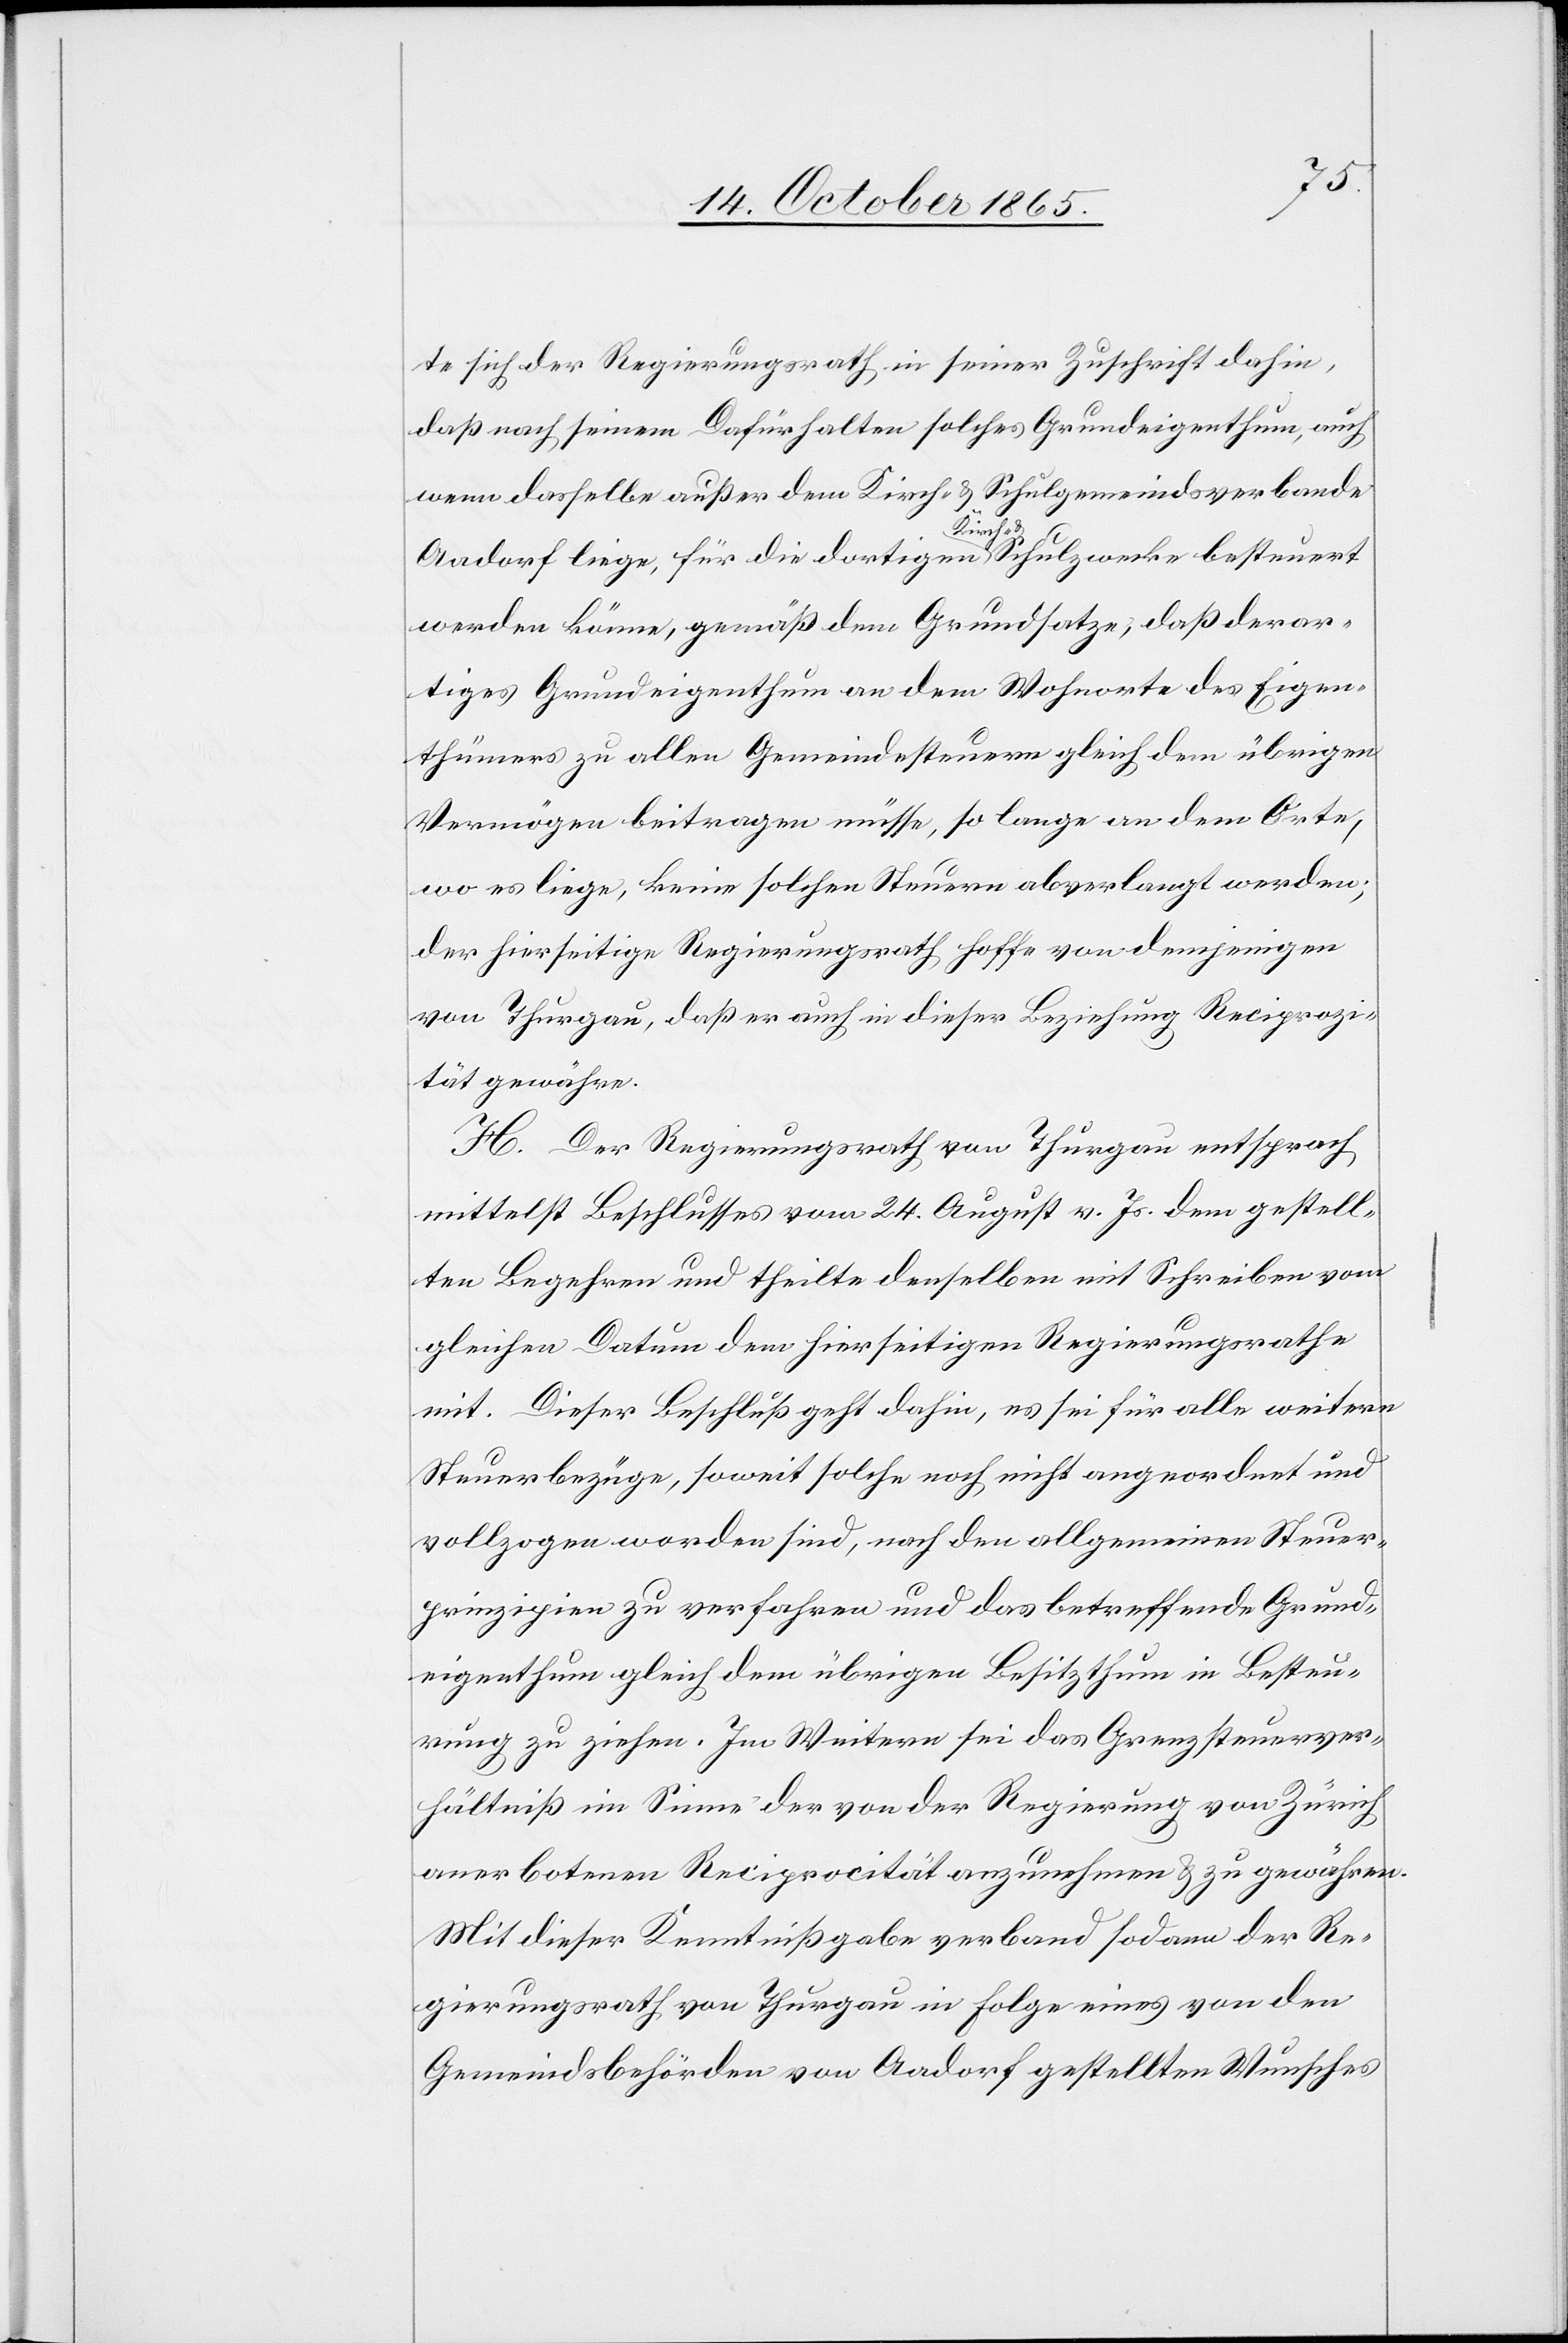
te sich der Regierungsrath in seiner Zuschrift dahin,
daß nach seinem Dafürhalten solches Grundeigenthum, auch
wenn dasselbe außer dem Kirch- & Schulgemeindsverbande
Aadorf liege, für die dortigen a-Kirch- &-a Schulzwecke besteuert
werden könne, gemäß dem Grundsatze, daß derar¬
tiges Grundeigenthum an dem Wohnorte des Eigen¬
thümers zu allen Gemeindesteuern gleich dem übrigen
Vermögen beitragen müsse, so lange an dem Orte,
wo es liege, keine solchen Steuern abverlangt werden;
der hierseitige Regierungsrath hoffe von demjenigen
von Thurgau, daß er auch in dieser Beziehung Reciprozi¬
tät gewähre.
H. Der Regierungsrath von Thurgau entsprach
mittelst Beschlusses vom 24. August v. Js. dem gestell¬
ten Begehren und theilte denselben mit Schreiben vom
gleichen Datum dem hierseitigen Regierungsrathe
mit. Dieser Beschluß geht dahin, es sei für alle weitern
Steuerbezüge, soweit solche noch nicht angeordnet und
vollzogen worden sind, nach den allgemeinen Steuer¬
prinzipien zu verfahren und das betreffende Grund¬
eigenthum gleich dem übrigen Besitzthum in Besteu¬
rung zu ziehen. Im Weitern sei das Grenzsteuerver¬
hältniß im Sinne der von der Regierung von Zürich
anerbotenen Reciprocität anzunehmen & zu gewähren.
Mit dieser Kenntnißgabe verband sodann der Re¬
gierungsrath von Thurgau in Folge eines von den
Gemeindsbehörden von Aadorf gestellten Wunsches